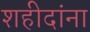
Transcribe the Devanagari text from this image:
शहीदांना